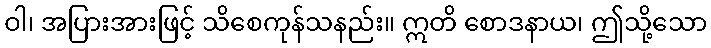
ဝါ၊ အပြားအားဖြင့် သိစေကုန်သနည်း။ ဣတိ စောဒနာယ၊ ဤသို့သော